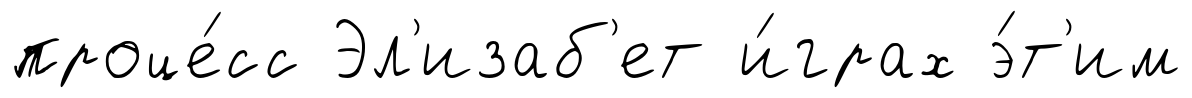
проце́сс Эл'изаб'ет и́грах э́т'им